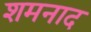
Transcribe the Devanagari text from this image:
शमनाद